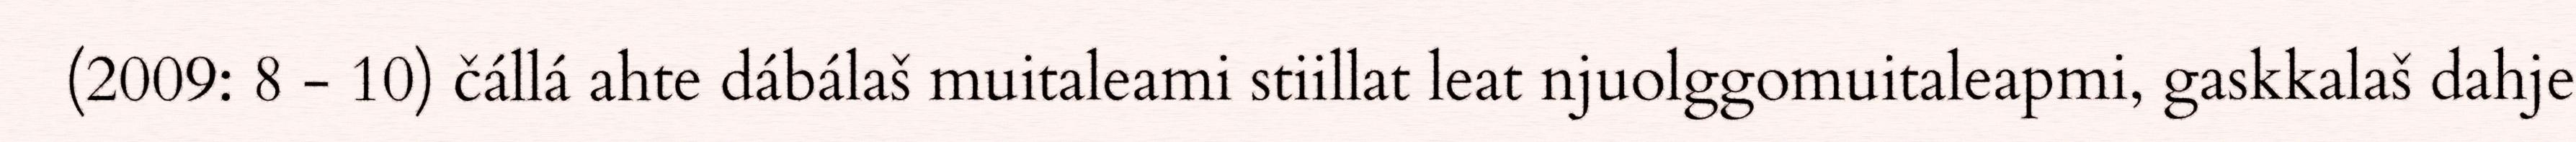
(2009: 8 - 10) čállá ahte dábálaš muitaleami stiillat leat njuolggomuitaleapmi, gaskkalaš dahje